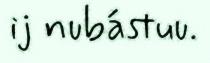
ij nubástuu.